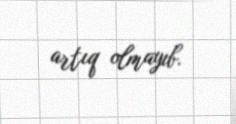
artıq olmayıb.